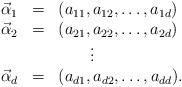
LaTeX: \begin{align*}\begin{array}{rcl} \vec\alpha_1&=&(a_{11},a_{12},\ldots,a_{1d})\\ \vec\alpha_2&=&(a_{21},a_{22},\ldots,a_{2d})\\ \multicolumn{3}{c}{\vdots}\\ \vec\alpha_d&=&(a_{d1},a_{d2},\ldots,a_{dd}).\end{array}\end{align*}